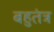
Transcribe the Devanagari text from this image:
बहुतंत्र